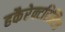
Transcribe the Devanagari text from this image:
हकैरेक्टरिस्टिक